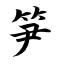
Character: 笋